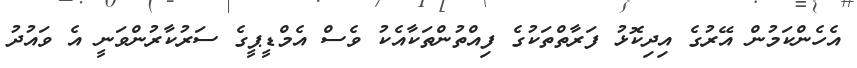
އެހެންކަމުން އޭރުގެ އިދިކޮޅު ފަރާތްތަކުގެ ފިއްތުންތަކާއެކު ވެސް އެމްޑީޕީގެ ސަރުކާރުންވަނީ އެ ވައުދު